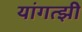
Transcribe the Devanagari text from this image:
यांगत्झी